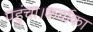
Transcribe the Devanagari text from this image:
पहुंचा।कर्वाका